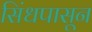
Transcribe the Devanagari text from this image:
सिंधपासून